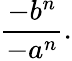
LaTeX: {\frac{-b^{n}}{-a^{n}}}.